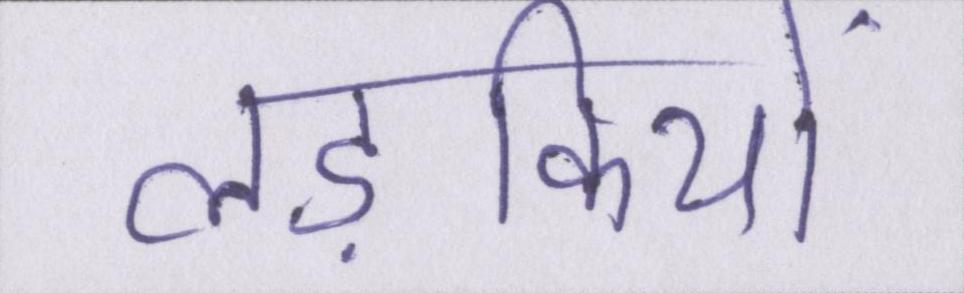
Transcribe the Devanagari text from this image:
लड़कियों